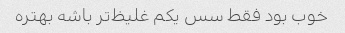
خوب بود فقط سس یکم غلیظ‌تر باشه بهتره